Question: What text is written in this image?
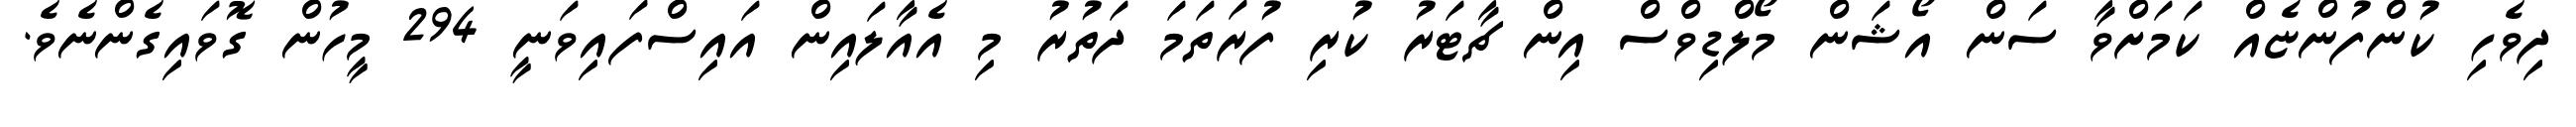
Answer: ދިވެހި ކުންފުންޏެއް ކަމަށްވާ ސަން އޯޝަން މޯލްޑިވްސް އިން ޗާޓަރު ކުރި ފުރަތަމަ ދަތުރު މި އެއާލައިން އައިސްފައިވަނީ 294 މީހުން ގޮވައިގެންނެވެ.